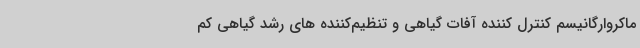
ماکروارگانیسم کنترل کننده آفات گیاهی و تنظیم‌کننده های رشد گیاهی کم